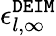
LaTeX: \epsilon_{l,\infty}^{\tt DEIM}